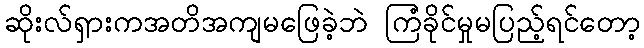
ဆိုးလ်ရှားကအတိအကျမဖြေခဲ့ဘဲ ကြံခိုင်မှုမပြည့်ရင်တော့